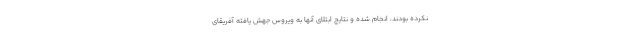
نکرده بودند، انجام شده و نتایج ابتلای آنها به ویروس جهش یافته آفریقای